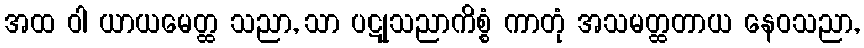
အထ ဝါ ယာယမေတ္ထ သညာ, သာ ပဋုသညာကိစ္စံ ကာတုံ အသမတ္ထတာယ နေဝသညာ,